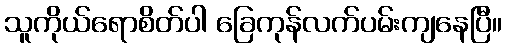
သူကိုယ်ရောစိတ်ပါ ခြေကုန်လက်ပမ်းကျနေပြီ။